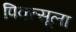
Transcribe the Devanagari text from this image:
पिक्त्सूला